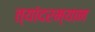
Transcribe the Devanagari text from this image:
त्यांदरम्यान